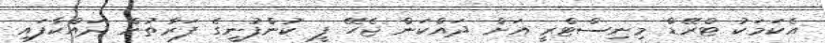
އެކަމަކު ޓްރޭޑް މިނިސްޓްރީ އަށް ދައްކަން ޖެހޭ ފީ ކުންފުނީގެ ފަރާތުން ދައްކާފައި